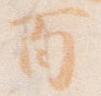
百